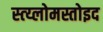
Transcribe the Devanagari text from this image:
स्त्य्लोमस्तोइद